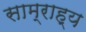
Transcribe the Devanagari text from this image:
साम्राह्य